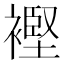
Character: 𧜶